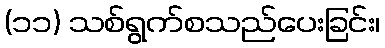
(၁၁) သစ်ရွက်စသည်ပေးခြင်း၊